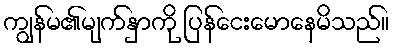
ကျွန်မ၏မျက်နှာကို ပြန်ငေးမောနေမိသည်။